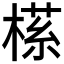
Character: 𬃶